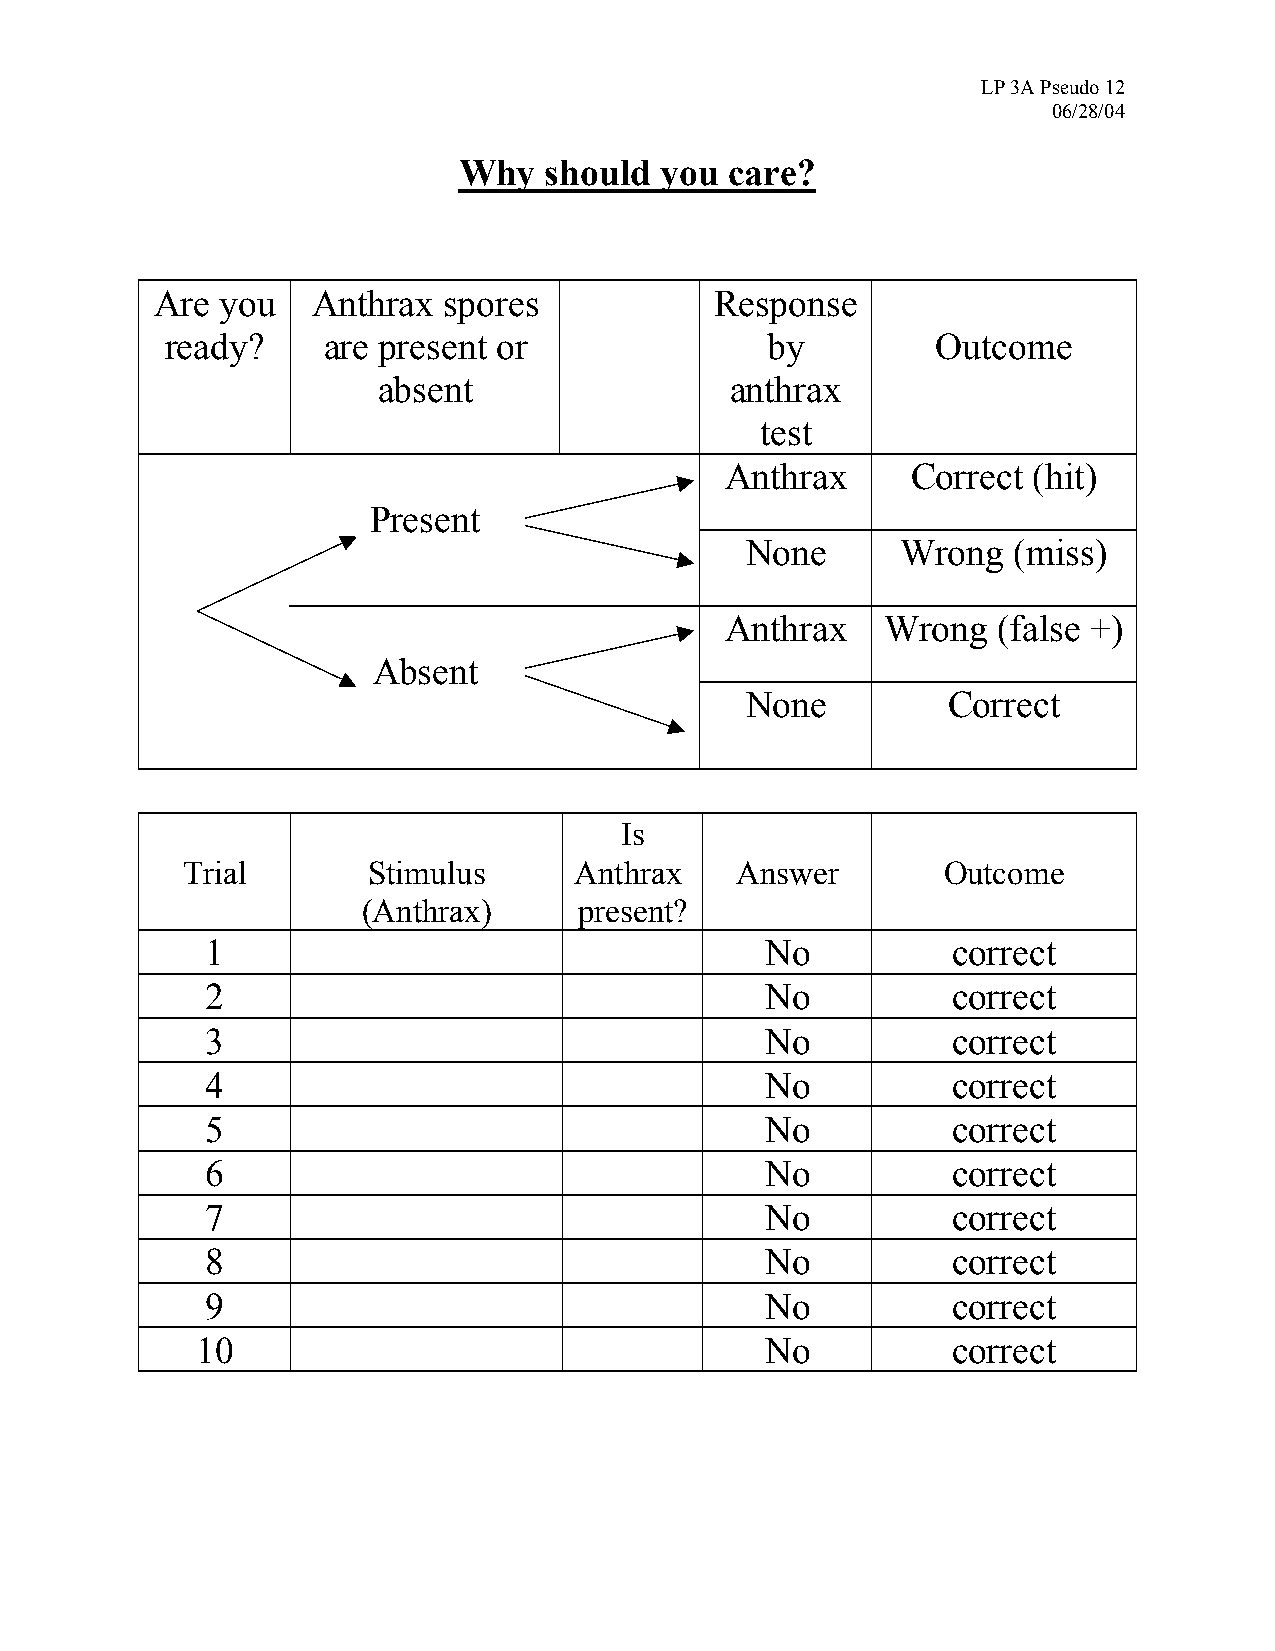
LP 3A Pseudo 12
 06/28/04
 Why   should  you care?
 Are  you   Anthrax spores            Response
 ready?    are present or                by         Outcome
 absent                 anthrax
 test
 Anthrax     Correct (hit)
 Present
 None       Wrong  (miss)
 Anthrax    Wrong  (false +)
 Absent
 None          Correct
 Is
 Trial       Stimulus      Anthrax    Answer       Outcome
 (Anthrax)     present?
 1                                    No          correct
 2                                    No          correct
 3                                    No          correct
 4                                    No          correct
 5                                    No          correct
 6                                    No          correct
 7                                    No          correct
 8                                    No          correct
 9                                    No          correct
 10                                    No          correct